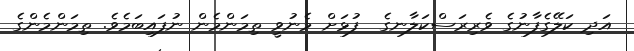
އަދި ކަލޭގެފާނުގެ ވެރިރަސްކަލާނގެ  ފުޅަށް މެނުވީ ތިމަންމެން ނުފައިބަމެވެ. ތިމަންމެންގެ